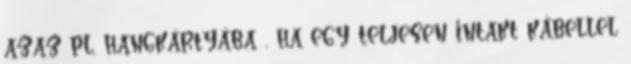
azaz pl. hangkártyába , ha egy teljesen intakt kábellel